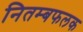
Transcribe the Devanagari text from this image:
नितम्बफलक